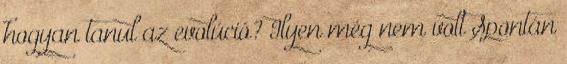
hogyan tanul az evolúció? Ilyen még nem volt Spontán